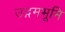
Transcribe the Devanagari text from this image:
उद्गमभूमि